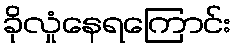
ခိုလှုံနေရကြောင်း